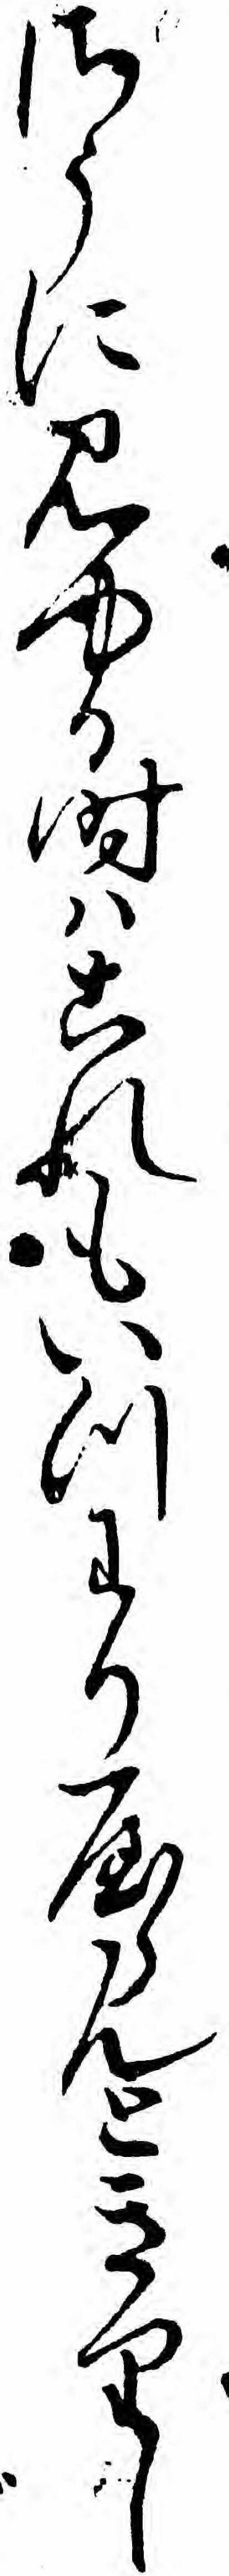
さうに見ゆる時ハこれもいつわりやらんときりし